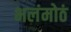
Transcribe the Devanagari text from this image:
भलंमोठं